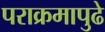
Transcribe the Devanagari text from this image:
पराक्रमापुढे